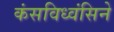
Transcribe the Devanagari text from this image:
कंसविध्वंसिने